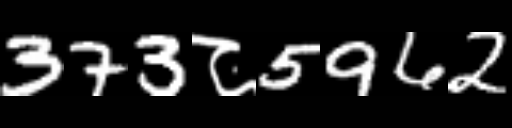
Text: 373८5962